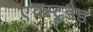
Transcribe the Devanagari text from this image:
एक्स्ट्रूडेड